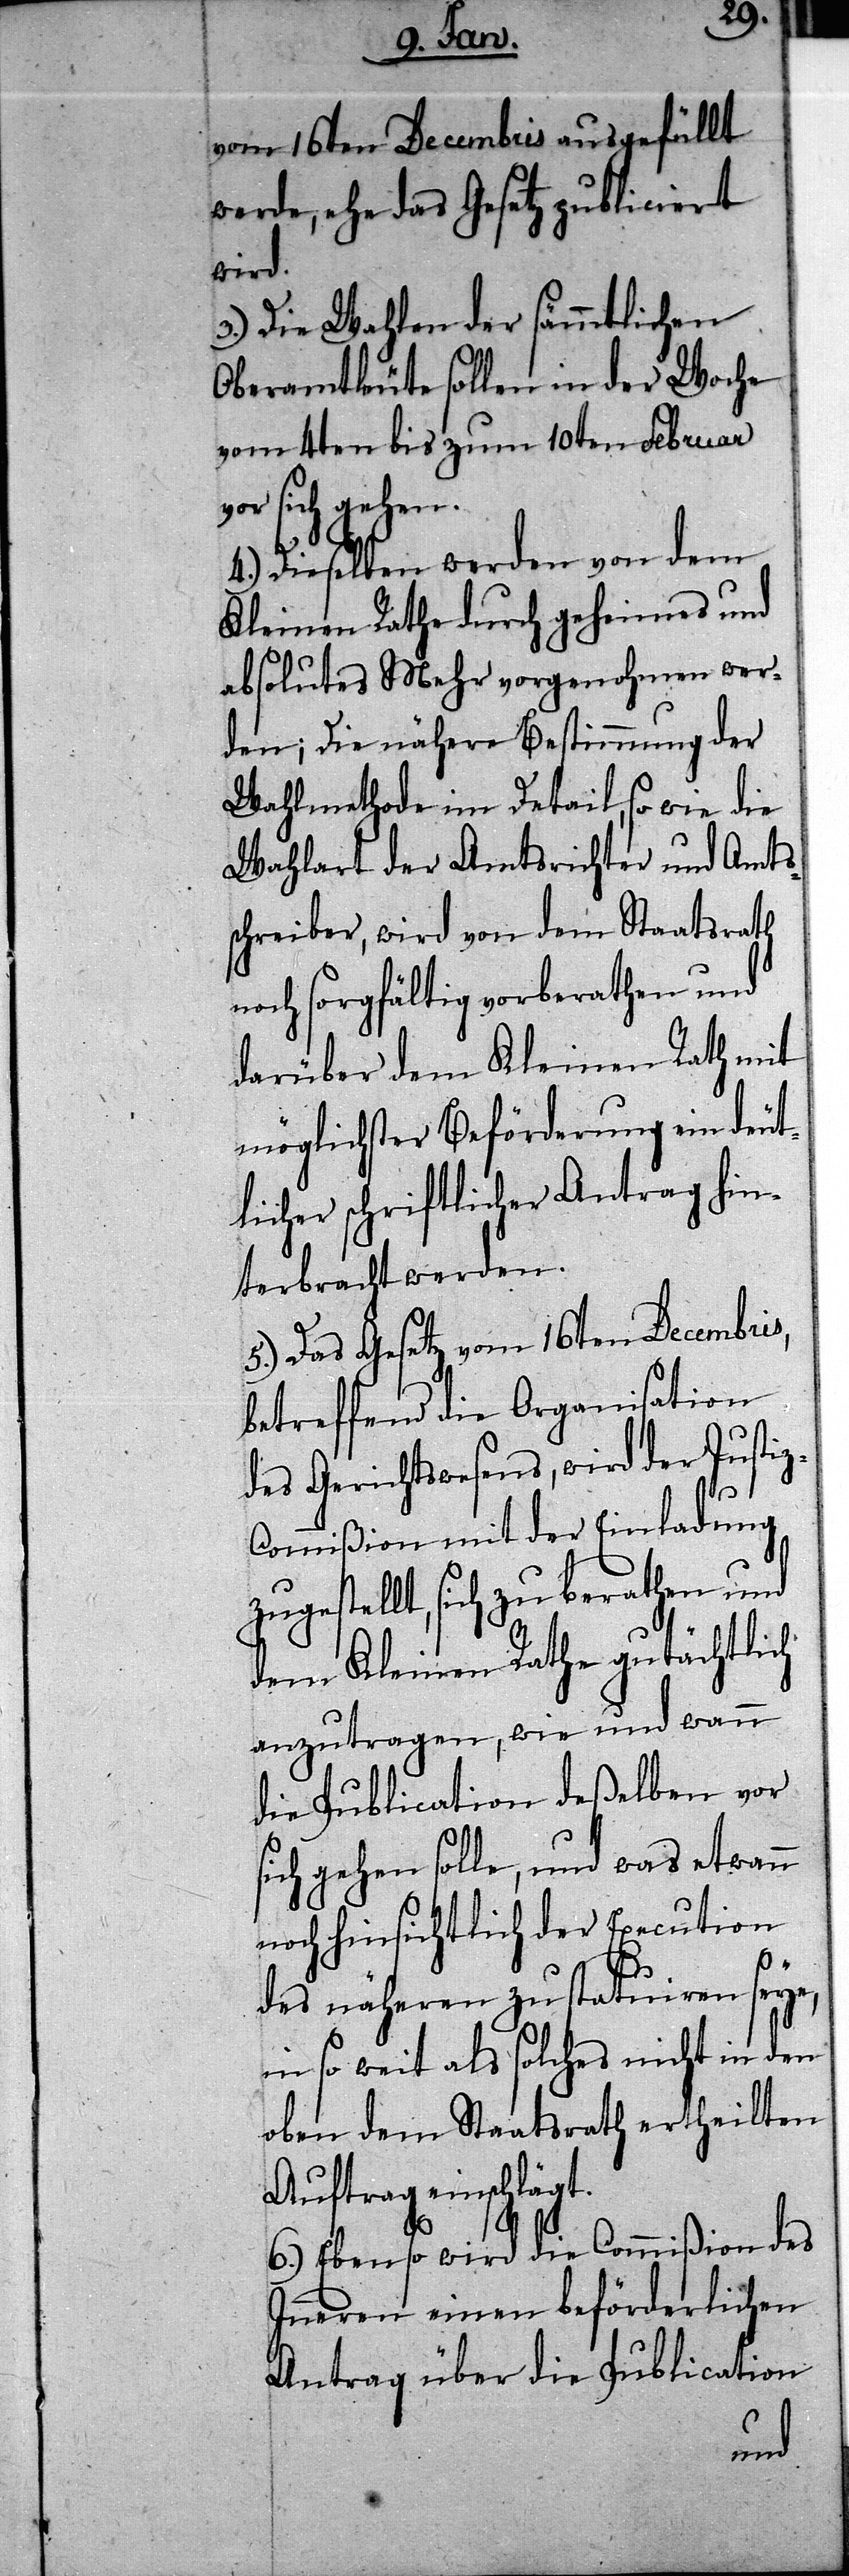
vom 16ten Decembris ausgefüllt
werde, ehe das Gesetz publiciert
wird.
3.) Die Wahlen der sämmtlichen
Oberamtleute sollen in der Woche
vom 4ten bis zum 10ten Februar
vor sich gehen.
4.) Dieselben werden von dem
Kleinen Rathe durch geheimes und
absolutes Mehr vorgenohmen wer¬
den; Die nähere Bestimmung der
Wahlmethode im Detail, so wie die
Wahlart der Amtsrichter und Amts¬
schreiber, wird von dem Staatsrath
noch sorgfältig vorberathen und
darüber dem Kleinen Rath mit
möglichster Beförderung ein deut¬
licher schriftlicher Antrag hin¬
terbracht werden.
5.) Das Gesetz vom 16ten Decembris,
betreffend die Organisation
des Gerichtswesens, wird der Justi¬
ommißion mit der Einladung
zugestellt, sich zu berathen und
dem Kleinen Rathe gutächtlich
anzutragen, wie und wann
die Publication deßelben vor
sich gehen solle, und was etwann
noch hinsichtlich der Execution
z-C¬
des näheren zu statuiren seye,
in so weit als solches nicht in den
oben dem Staatsrath ertheilten
Auftrag einschlägt.
6.) Ebenso wird die Commißion des
Inneren einen beförderlichen
Antrag über die Publication